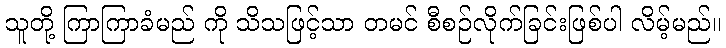
သူတို့ ကြာကြာခံမည် ကို သိသဖြင့်သာ တမင် စီစဉ်လိုက်ခြင်းဖြစ်ပါ လိမ့်မည်။